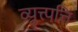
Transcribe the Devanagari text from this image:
व्युत्त्पत्ति